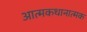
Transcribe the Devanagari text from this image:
आत्मकथानात्मक